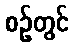
စဉ်တွင်